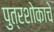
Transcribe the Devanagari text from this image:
पुत्रशोकाचे